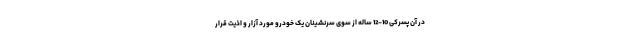
در آن پسرکی 10-12 ساله از سوی سرنشینان یک خودرو مورد آزار و اذیت قرار